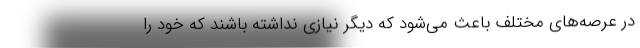
در عرصه‌های مختلف باعث می‌شود که دیگر نیازی نداشته باشند که خود را